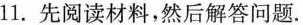
11.先阅读材料，然后解答问题.